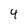
Character: 4